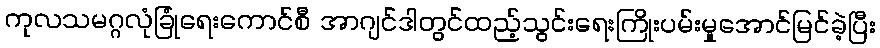
ကုလသမဂ္ဂလုံခြုံရေးကောင်စီ အာဂျင်ဒါတွင်ထည့်သွင်းရေးကြိုးပမ်းမှုအောင်မြင်ခဲ့ပြီး